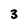
Character: 3